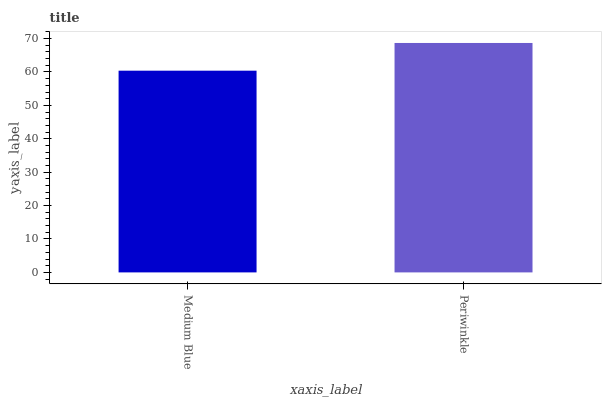
| xaxis_label | bars |
 | --- | --- |
 | Medium Blue | 60.4 |
 | Periwinkle | 68.7 |